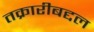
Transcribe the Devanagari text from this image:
तक्रारीबद्दल